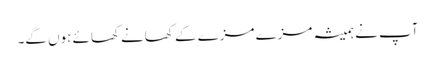
آپ نے ہمیشہ مزے مزے کے کھانے کھائے ہوں گے۔